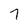
Character: 7